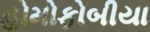
હોમોફોબીયા